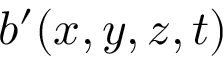
b ^ { \prime } ( x , y , z , t )